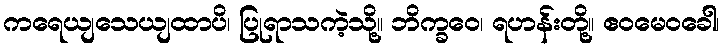
ကရေယျသေယျထာပိ၊ ပြုရာသကဲ့သို့။ ဘိက္ခဝေ၊ ရဟန်းတို့။ ဧဝမေဝခေါ၊